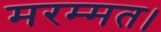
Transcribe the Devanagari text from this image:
मरम्मत।